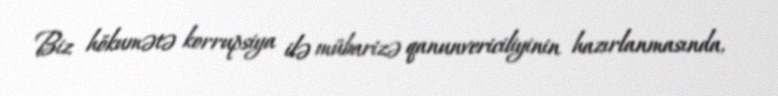
Biz hökumətə korrupsiya ilə mübarizə qanunvericiliyinin hazırlanmasında,